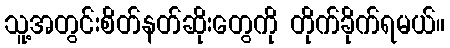
သူ့အတွင်းစိတ်နတ်ဆိုးတွေကို တိုက်ခိုက်ရမယ်။